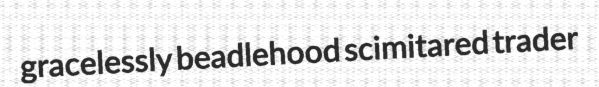
gracelessly beadlehood scimitared trader